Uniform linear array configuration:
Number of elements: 4
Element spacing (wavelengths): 0.25
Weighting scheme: hamming
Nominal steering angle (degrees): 30
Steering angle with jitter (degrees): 28.76
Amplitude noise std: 0.05
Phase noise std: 0.05

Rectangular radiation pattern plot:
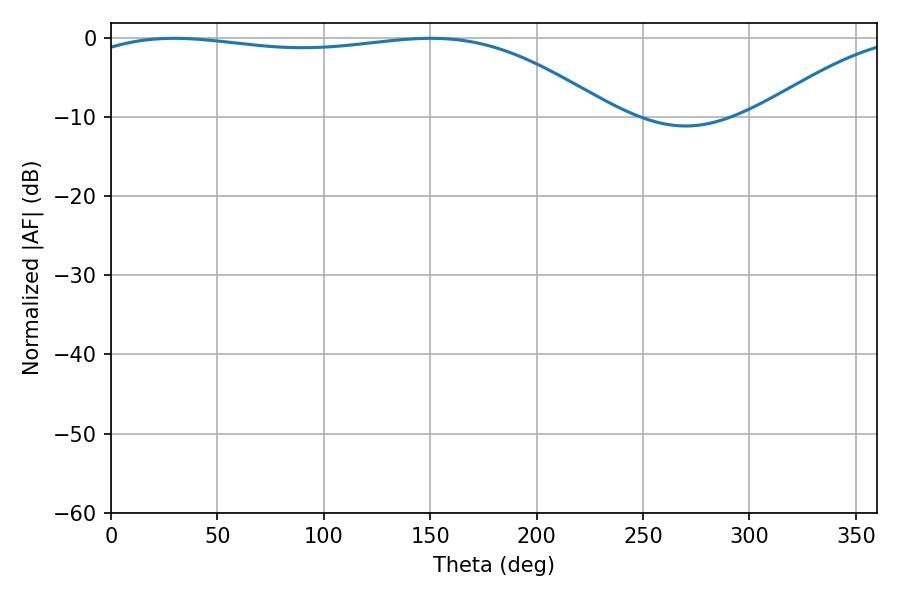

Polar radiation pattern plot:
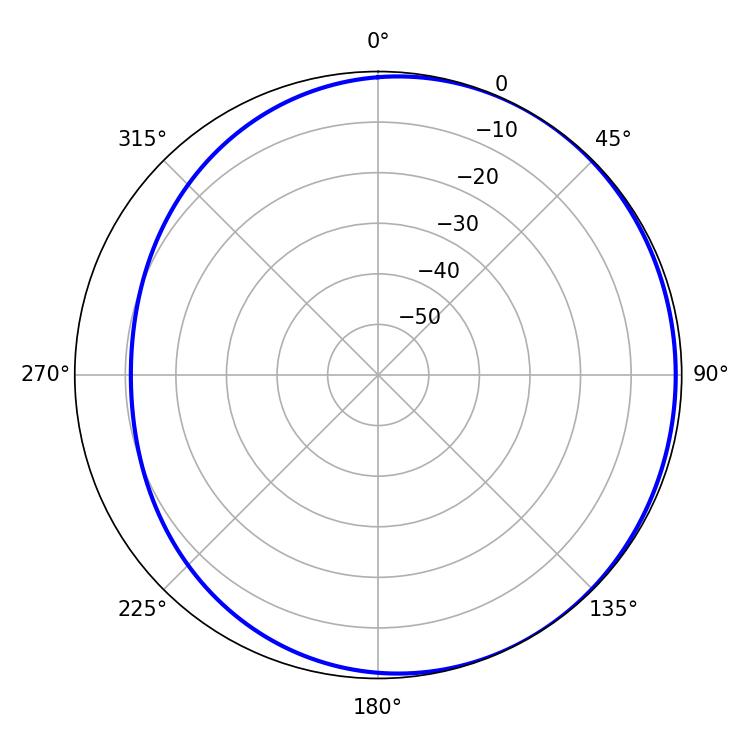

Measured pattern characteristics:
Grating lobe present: FALSE
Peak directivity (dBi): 1.652
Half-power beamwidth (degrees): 198.18
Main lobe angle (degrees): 29.7